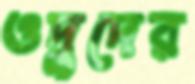
ওদুদের